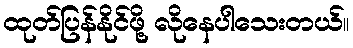
ထုတ်ပြန်နိုင်ဖို့ လိုနေပါသေးတယ်။